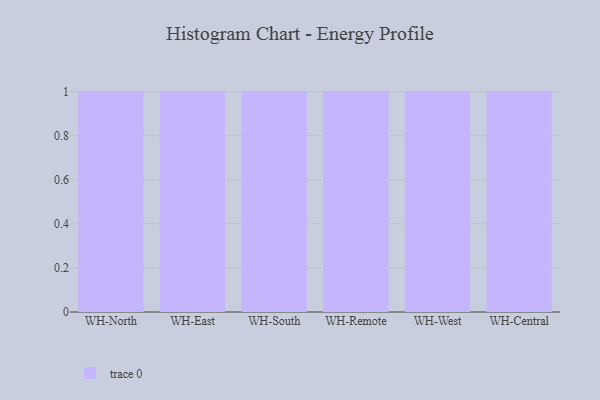
{"axis": {"x": "Warehouse", "y": "Bounce Rate (%)"}, "legend": [""], "data": [{"x": "WH-North", "y": 97, "type": ""}, {"x": "WH-East", "y": 45, "type": ""}, {"x": "WH-South", "y": 27, "type": ""}, {"x": "WH-Remote", "y": 98, "type": ""}, {"x": "WH-West", "y": 34, "type": ""}, {"x": "WH-Central", "y": 82, "type": ""}]}